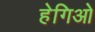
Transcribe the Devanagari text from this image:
हेगिओ